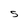
Character: S